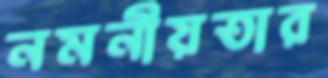
নমনীয়তার